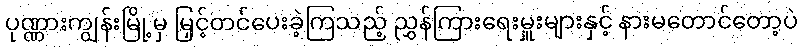
ပုဏ္ဏားကျွန်းမြို့မှ မြှင့်တင်ပေးခဲ့ကြသည့် ညွှန်ကြားရေးမှူးများနှင့် နားမတောင်တော့ပဲ